画像に写った文字を読んでください
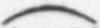
「(」と書いてあります